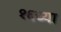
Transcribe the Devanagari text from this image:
१६च्या